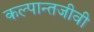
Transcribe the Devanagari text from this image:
कल्पान्तजीवी